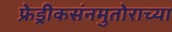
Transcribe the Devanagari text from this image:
फ्रेड्रीकसंनमुतोराच्या